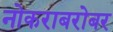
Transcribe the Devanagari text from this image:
नोकराबरोबर